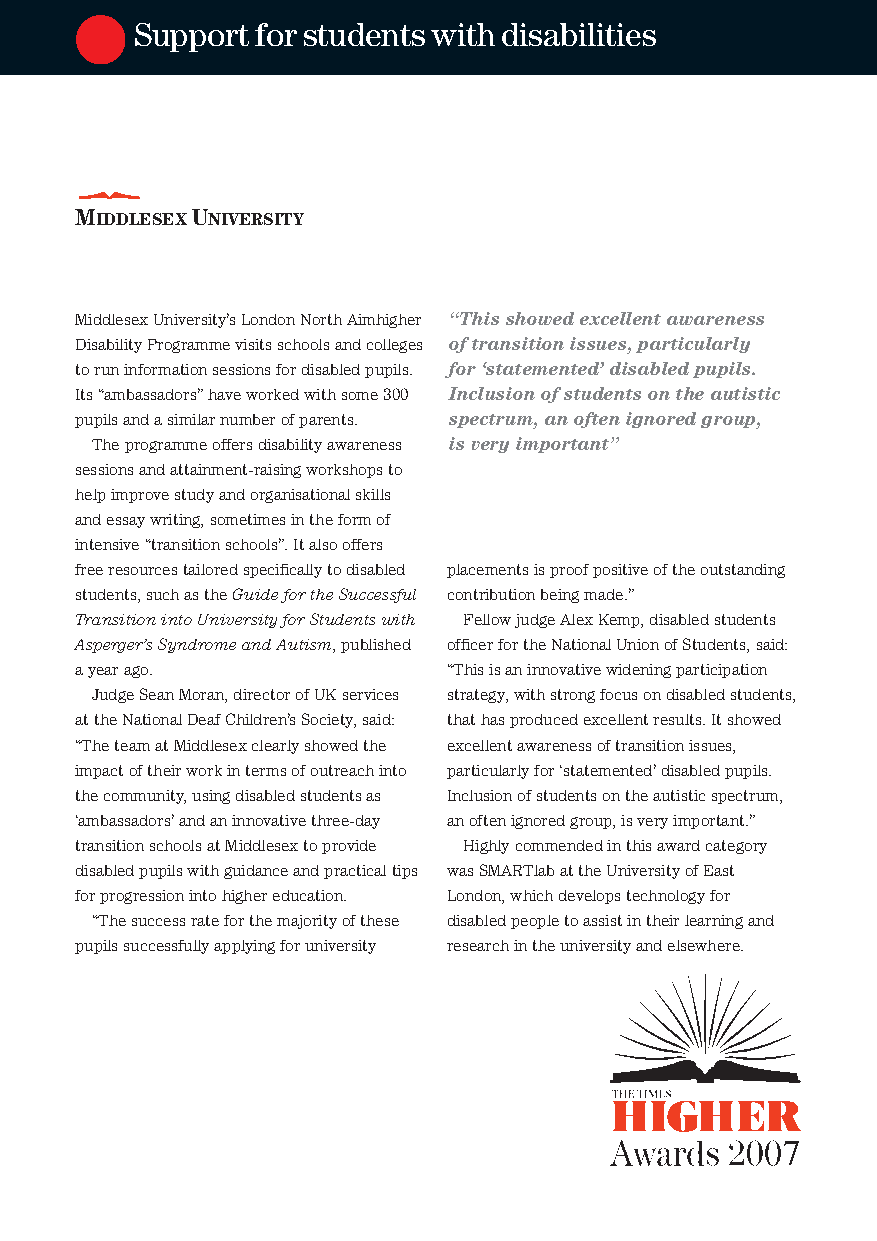
Supportforstudentswithdisabilities
 MIDDLESEXUNIVERSITY
 MiddlesexUniversity’sLondonNorthAimhigher “Thisshowedexcellentawareness
 DisabilityProgrammevisitsschoolsandcolleges oftransitionissues,particularly
 toruninformationsessionsfordisabledpupils. for‘statemented’disabledpupils.
 Its“ambassadors”haveworkedwithsome300 Inclusionofstudentsontheautistic
 pupilsandasimilarnumberofparents. spectrum,anoftenignoredgroup,
 Theprogrammeoffersdisabilityawareness isveryimportant”
 sessionsandattainment-raisingworkshopsto
 helpimprovestudyandorganisationalskills
 andessaywriting,sometimesintheformof
 intensive“transitionschools”.Italsooffers
 freeresourcestailoredspecificallytodisabled placementsisproofpositiveoftheoutstanding
 students,suchastheGuidefortheSuccessful contributionbeingmade.”
 TransitionintoUniversityforStudentswith FellowjudgeAlexKemp,disabledstudents
 Asperger’sSyndromeandAutism,published officerfortheNationalUnionofStudents,said:
 ayearago.                “Thisisaninnovativewideningparticipation
 JudgeSeanMoran,directorofUKservices strategy,withstrongfocusondisabledstudents,
 attheNationalDeafChildren’sSociety,said: thathasproducedexcellentresults.Itshowed
 “TheteamatMiddlesexclearlyshowedthe excellentawarenessoftransitionissues,
 impactoftheirworkintermsofoutreachinto particularlyfor‘statemented’disabledpupils.
 thecommunity,usingdisabledstudentsas Inclusionofstudentsontheautisticspectrum,
 ‘ambassadors’andaninnovativethree-day anoftenignoredgroup,isveryimportant.”
 transitionschoolsatMiddlesextoprovide Highlycommendedinthisawardcategory
 disabledpupilswithguidanceandpracticaltips wasSMARTlabattheUniversityofEast
 forprogressionintohighereducation. London,whichdevelopstechnologyfor
 “Thesuccessrateforthemajorityofthese disabledpeopletoassistintheirlearningand
 pupilssuccessfullyapplyingforuniversity researchintheuniversityandelsewhere.